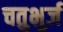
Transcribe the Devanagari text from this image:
चतुभुर्ज